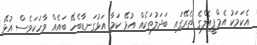
އެކަމަކު އެމްޕީއެލްގެ ތެރޭގައި ބަދަލުތަކެއް އުޅޭ ކަމާ އަޅުގަނޑާބެހޭ ބައެއް ވާހަކަވެސް އުޅޭ